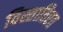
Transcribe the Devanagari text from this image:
विस्तातिरत